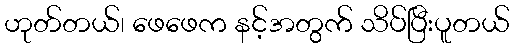
ဟုတ်တယ်၊ ဖေဖေက နင့်အတွက် သိပ်ပြီးပူတယ်